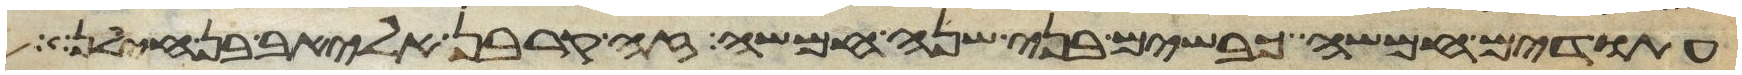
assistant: עתודים חמשה כבשים בני שנה חמשה זה קרבן אליאב בן חילן